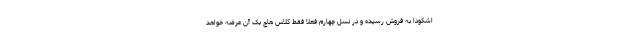
اشکودا به فروش رسیده و در نسل چهارم فعلا فقط کلاس هاچ بک آن عرضه خواهد